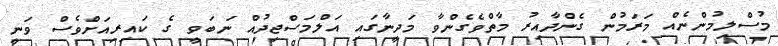
މުސްލިމުންނެއް މަރަމުން ގެންދާއިރު މާތްވެގެންވާ މަދީނާގައި އަލްމަސްޖިދުއް ނަބަވީ ގެ ކައިރިއަށްވެސް ވަނީ